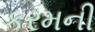
કરમની